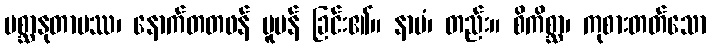
ပစ္ဆာနုတာပဿ၊ နောက်တတဖန် ပူပန် ခြင်း၏။ နာမံ၊ တည်း။ စိကိစ္ဆာ၊ ကုစားတတ်သော